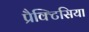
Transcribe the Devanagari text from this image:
प्रैक्टिसिया